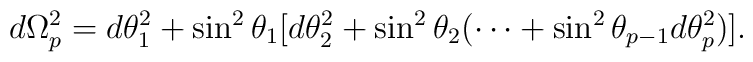
d\Omega^2_p=d\theta^2_1+\sin^2\theta_1[d\theta^2_2+\sin^2\theta_2(\cdots+\sin^2\theta_{p-1}d\theta^2_p)].